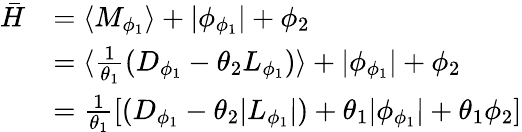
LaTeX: \begin{array}{rl}{\bar{H}}&{=\langle M_{\phi_{1}}\rangle+\lvert\phi_{\phi_{1}}\rvert+\phi_{2}}\\ &{=\langle\frac{1}{\theta_{1}}(D_{\phi_{1}}-\theta_{2}L_{\phi_{1}})\rangle+\lvert\phi_{\phi_{1}}\rvert+\phi_{2}}\\ &{=\frac{1}{\theta_{1}}[(D_{\phi_{1}}-\theta_{2}\lvert L_{\phi_{1}}\rvert)+\theta_{1}\lvert\phi_{\phi_{1}}\rvert+\theta_{1}\phi_{2}]}\end{array}